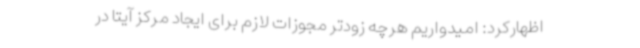
اظهارکرد: امیدواریم هرچه زودتر مجوزات لازم برای ایجاد مرکز آیتا در